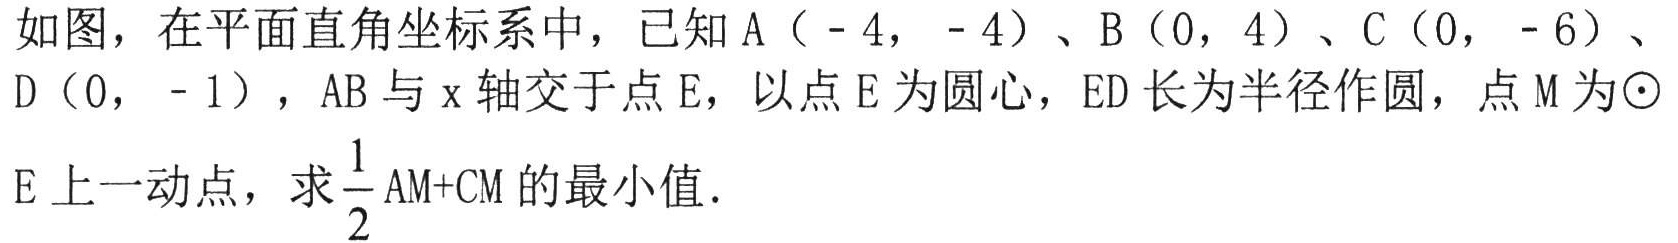
如图，在平面直角坐标系中，已知\(A(-4,-4)\)、\(B(0,4)\)、\(C(0,-6)\)、\(D(0,-1)\)，\(AB\)与\(x\)轴交于点\(E\)，以点\(E\)为圆心，\(ED\)长为半径作圆，点\(M\)为\(\odot E\)上一动点，求\(\dfrac{1}{2}AM + CM\)的最小值.